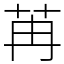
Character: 苒